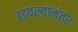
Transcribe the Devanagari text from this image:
उडवल्यानंतर